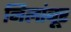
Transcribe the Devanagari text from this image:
निलांबूर